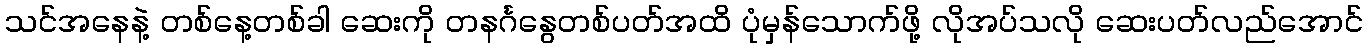
သင်အနေနဲ့ တစ်နေ့တစ်ခါ ဆေးကို တနင်္ဂနွေတစ်ပတ်အထိ ပုံမှန်သောက်ဖို့ လိုအပ်သလို ဆေးပတ်လည်အောင်